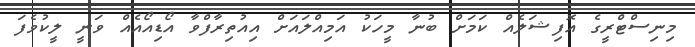
މިނިސްޓްރީގެ އޮފިޝަލެއް ކަމަށް ބުނާ މީހަކު އަމިއްލައަށް އިއުތިރާފްވާ އޯޑިއޯއެއް ވަނީ ލީކުވެފަ